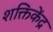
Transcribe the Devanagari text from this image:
शक्तिकेंद्र